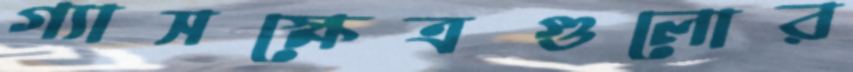
গ্যাসক্ষেত্রগুলোর